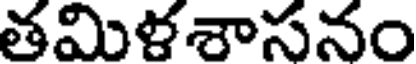
తమిళశాసనం